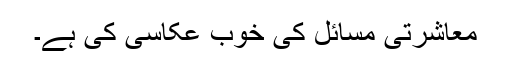
معاشرتی مسائل کی خوب عکاسی کی ہے۔